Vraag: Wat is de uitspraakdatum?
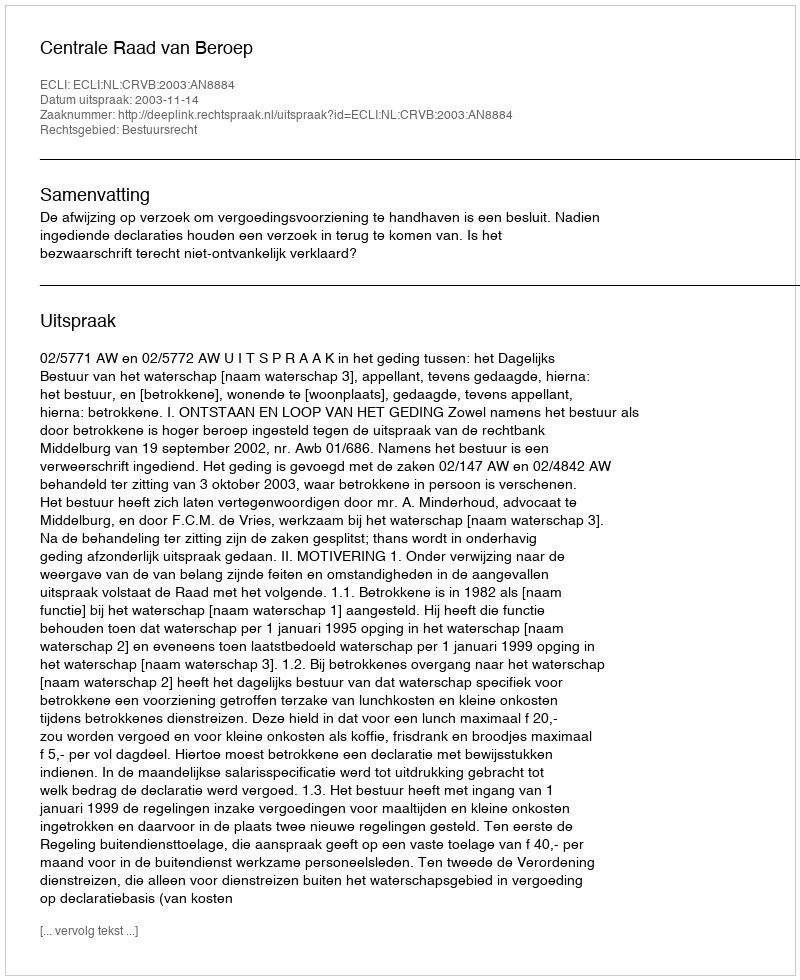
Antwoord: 2003-11-14